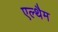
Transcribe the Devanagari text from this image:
एल्थैम